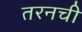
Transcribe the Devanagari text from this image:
तरनची